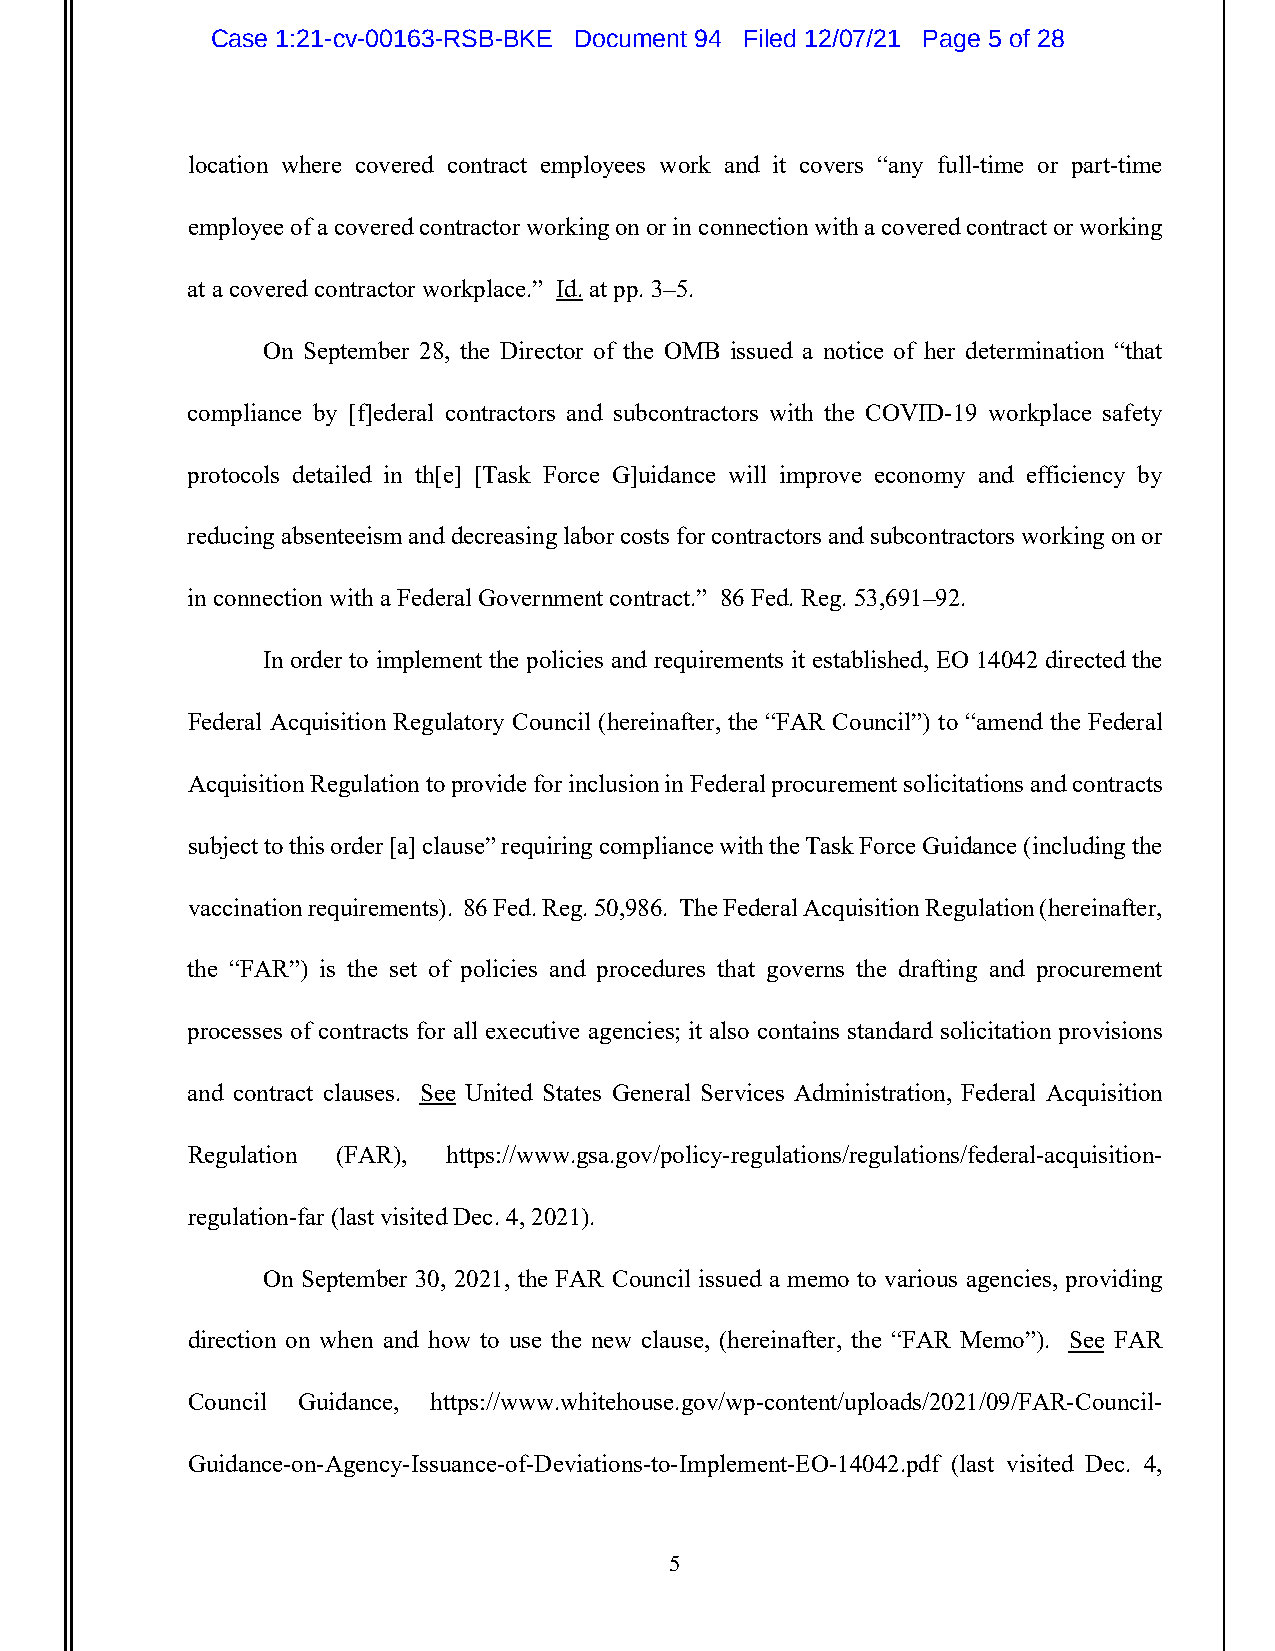
Case 1:21-cv-00163-RSB-BKE Document 94 Filed 12/07/21 Page 5 of 28
 location where covered contract employees work and it covers “any full-time or part-time
 employee of a covered contractor working on or in connection with a covered contract or working
 at a covered contractor workplace.” Id. at pp. 3–5.
 On September 28, the Director of the OMB issued a notice of her determination “that
 compliance by [f]ederal contractors and subcontractors with the COVID-19 workplace safety
 protocols detailed in th[e] [Task Force G]uidance will improve economy and efficiency by
 reducing absenteeism and decreasing labor costs for contractors and subcontractors working on or
 in connection with a Federal Government contract.” 86 Fed. Reg. 53,691–92.
 In order to implement the policies and requirements it established, EO 14042 directed the
 Federal Acquisition Regulatory Council (hereinafter, the “FAR Council”) to “amend the Federal
 Acquisition Regulation to provide for inclusion in Federal procurement solicitations and contracts
 subject to this order [a] clause” requiring compliance with the Task Force Guidance (including the
 vaccination requirements). 86 Fed. Reg. 50,986. The Federal Acquisition Regulation (hereinafter,
 the “FAR”) is the set of policies and procedures that governs the drafting and procurement
 processes of contracts for all executive agencies; it also contains standard solicitation provisions
 and contract clauses. See United States General Services Administration, Federal Acquisition
 Regulation (FAR), https://www.gsa.gov/policy-regulations/regulations/federal-acquisition-
 regulation-far (last visited Dec. 4, 2021).
 On September 30, 2021, the FAR Council issued a memo to various agencies, providing
 direction on when and how to use the new clause, (hereinafter, the “FAR Memo”). See FAR
 Council Guidance, https://www.whitehouse.gov/wp-content/uploads/2021/09/FAR-Council-
 Guidance-on-Agency-Issuance-of-Deviations-to-Implement-EO-14042.pdf (last visited Dec. 4,
 5